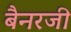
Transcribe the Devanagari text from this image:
बैनरजी